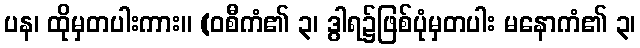
ပန၊ ထိုမှတပါးကား။ (ဝစီကံ၏ ၃၊ ဒွါရ၌ဖြစ်ပုံမှတပါး မနောကံ၏ ၃၊